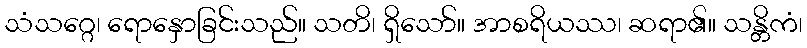
သံသဂ္ဂေ၊ ရောနှောခြင်းသည်။ သတိ၊ ရှိသော်။ အာစရိယဿ၊ ဆရာ၏။ သန္တိကံ၊